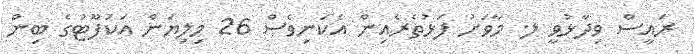
ރައީސް ވިދާޅުވީ ލ. މާވަށު ފަޅުތެރެއިން އެކަނިވެސް 26 މިލިޔަން އަކަފޫޓުގެ ބިން